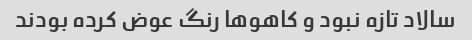
سالاد تازه نبود و کاهو‌ها رنگ عوض کرده بودند